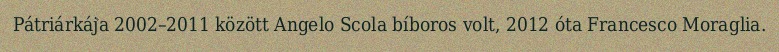
Pátriárkája 2002–2011 között Angelo Scola bíboros volt, 2012 óta Francesco Moraglia.